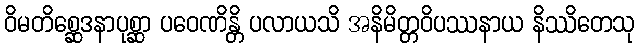
ဝိမတိစ္ဆေဒနာပုစ္ဆာ ပဝေဏိန္တိ ပလာယသိ အနိမိတ္တဝိပဿနာယ နိဿိတေသု